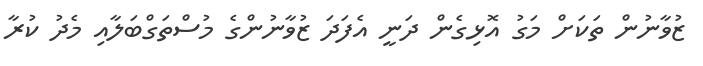
ޒުވާނުން ތަކަށް މަގު އޮޅިގެން ދަނީ އެފަދަ ޒުވާނުންގެ މުސްތަގްބަލާއި މެދު ކުރާ